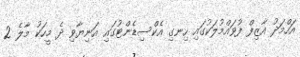
އަހްމަދު އާޒިފް ފުވައްމުލަކުގައި ހިނގި އެކްސިޑެންޓުގައި އަނިޔާވި ދެ މީހަކު މާލެ 2